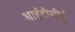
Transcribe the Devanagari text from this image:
आईटीसीई